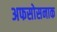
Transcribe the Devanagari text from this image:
अफसोसनाक